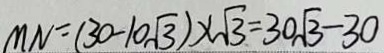
M N = ( 3 0 - 1 0 \sqrt { 3 } ) \times \sqrt { 3 } = 3 0 \sqrt { 3 } - 3 0